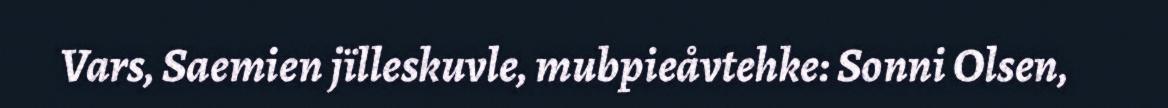
Vars, Saemien jïlleskuvle, mubpieåvtehke: Sonni Olsen,